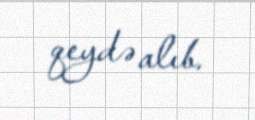
qeydə alıb.